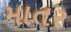
માતર